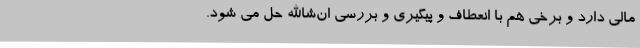
مالی دارد و برخی هم با انعطاف و پیگیری و بررسی ان‌شاالله حل می شود.